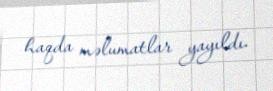
haqda məlumatlar yayıldı.